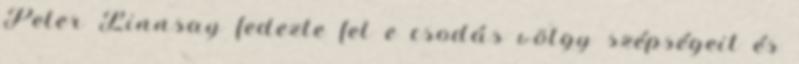
Peter Linnsay fedezte fel e csodás völgy szépségeit és